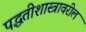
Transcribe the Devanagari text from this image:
पद्धतीशास्त्रावरील